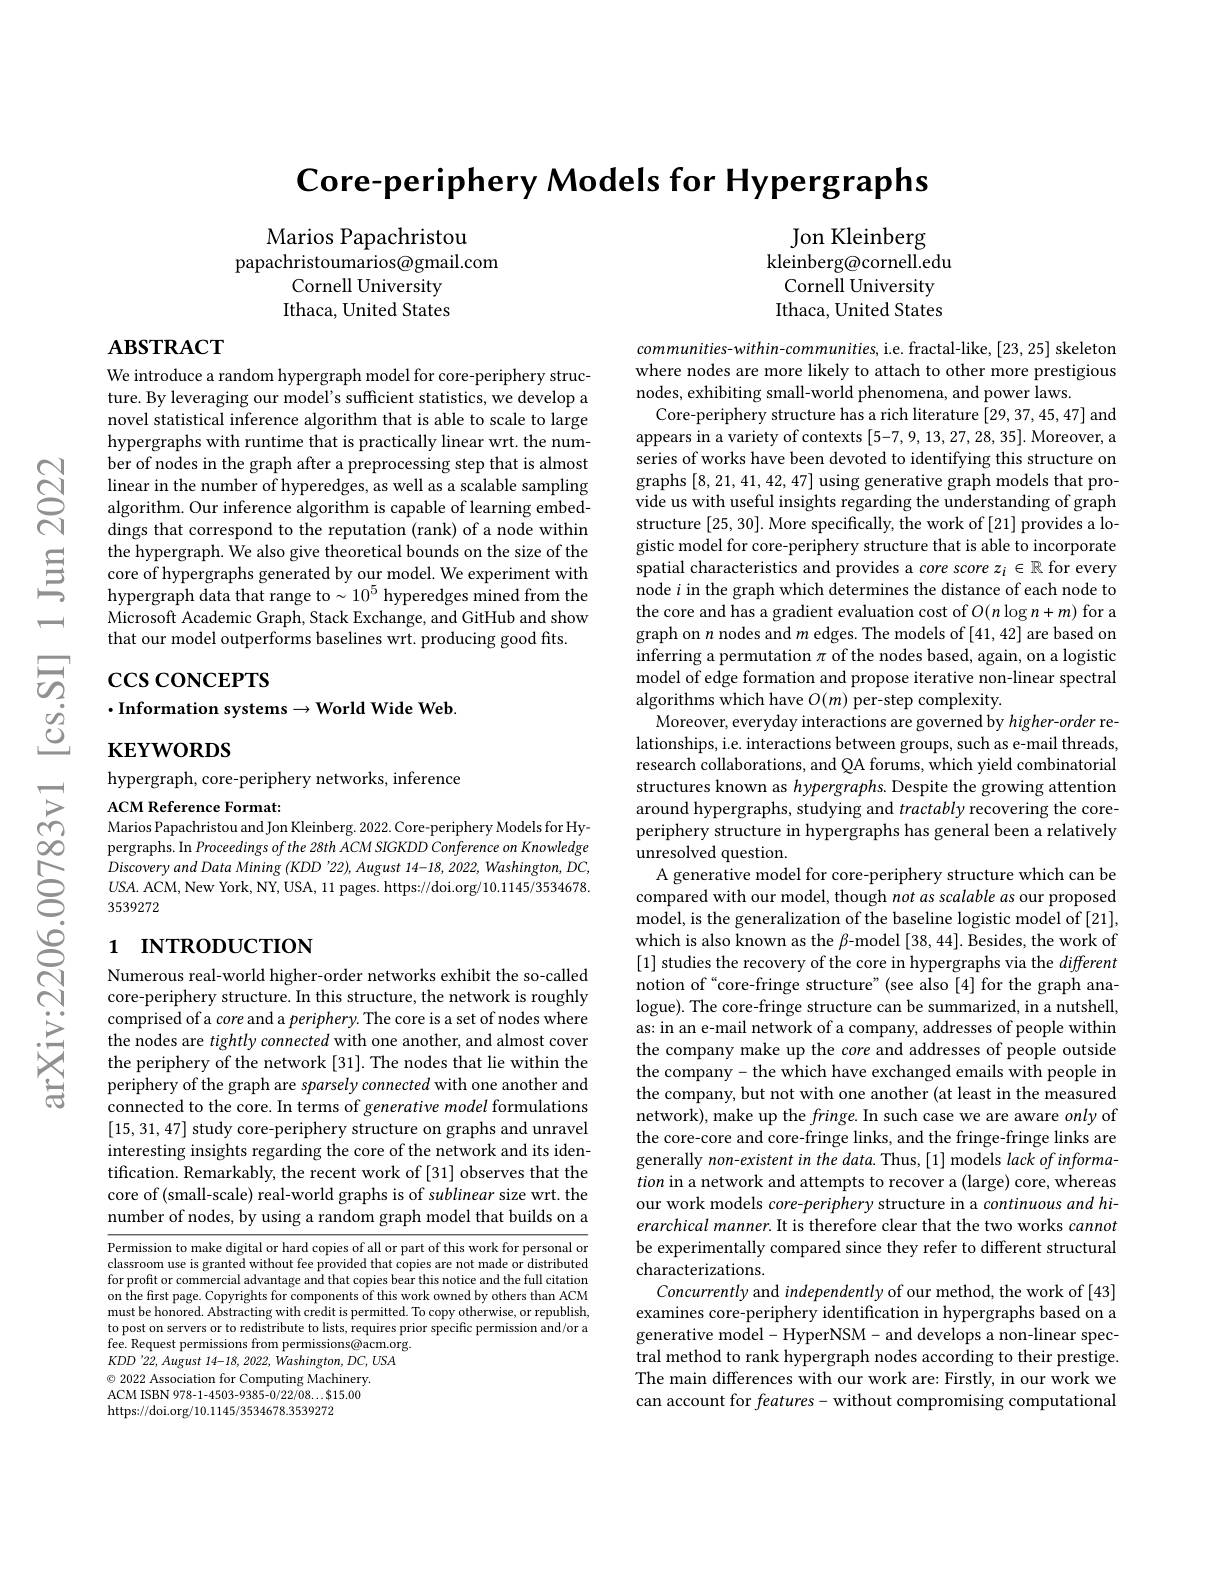
$\textbf{Core- periphery Models for Hypergraphs}$

Marios Papachristou
papachristoumarios@gmail.com
Cornell University Ithaca, United States

Jon Kleinberg
kleinberg@cornell.edu Cornell University Ithaca, United States

-1

$\mathbf{ABSTRACT}$

We introduce a random hypergraph model for core-periphery structure. By leveraging our model's sufficient statistics, we develop a novel statistical inference algorithm that is able to scale to large hypergraphs with runtime that is practically linear wrt. the number of nodes in the graph after a preprocessing step that is almost linear in the number of hyperedges, as well as a scalable sampling algorithm. Our inference algorithm is capable of learning embeddings that correspond to the
$\begin{array}{lll}\text{ the hypergraph. We also give theoretica}\end{array}$
Microsoft Academic Graph, Stack Exchange, and GitHub and show
that our model outperforms baselines wrt. producing good fits.

# $\Xi$ $\cos \cos$CEPTS $\cdot$Information systems$\to$World Wide Web.

$\mathbf{KEYWORDS}$

hypergraph, core-periphery networks, inference

ACM Reference Format:
Marios Papachristou and Jon Kleinberg. 2022. Core-periphery Models for Hypergraphs. In Proceedings of Discoveryand Data Mining (KDD'22), August 14-18, 2022, Washington, DC, $U$SA. ACM, New York, NY, US 3539272

# 1 INTRODUCTION

Numerous real-world higher-order networks exhibit the so-called core-periphery structure. In this structure, the network is roughly comprised of a core and a periphery. The core is a set of nodes where the nodes are tightly connected with one another, and almost cover the periphery of the network [31]. The nodes that lie within the periphery of the graph are sparsely connected with one another and connected to the core. In terms of generative model formulations [15,31,47] study core-periphery structure on graphs and unravel interesting insights regardi tification. Remarkably, the recent work of [31] observes that the core of (small-scale) real-world graphs is of sublinear size wrt. the number of nodes, by using a random graph model that builds on a

Permission to make digital or hard copies of all or part of this work for personal or classroom use is granted without fee provided that copies are not made or distributed for profit or commercial advantage and that copies bear this notice and the full citation on the first page. Copyright must be honored. Abstracting to post on servers or to redistribute to lists, requires prior specific permission and/or a fee. Request permissions from permissions@acm.org. $KDD'22,August~14-18,~2022,~Washington,~DC,~USA$ $\odot$ 2022 Association for Computing Machinery. ACM ISBN 978-1-4503-9385-0/22/08...$15.00 https://doi.org/10.1145/3534678.3539272

$communities-within-communities$, i.e. fractal-like, [23,25] skeleton where nodes are more likely nodes, exhibiting small-world phenomena, and power laws.
Core-periphery structure has a rich literature [29,37,45,47] and appears in a variety of contexts [5-7,9,13,27,28,35]. Moreover, a series of works have been devoted to identifying this structure on graphs [8,21,41,42,47] using generative graph models that provide us with useful insights structure [25,30]. More specifically, the work of [21] provides a logistic model for core-periph spatial characteristics and node $i$ in the graph which determines the distance of each node to the core and has a gradient graph on $n$ nodes and $m$ edges. The models of [41,42] are based on inferring a permutation $\pi$ of the nodes based, again, on a logistic model of edge formation and propose iterative non-linear spectral algorithms which have $O(m)$ per-step complexity.
Moreover, everyday interactions are governed by higher-order relationships, i.e. interactions between groups, such as e-mail threads, research collaborations, and QA forums, which yield combinatorial structures known as hypergraphs. Despite the growing attention around hypergraphs, studying and tractably recovering the coreperiphery structure in hyper unresolved question.
A generative model for core-periphery structure which can be compared with our model, though not as scalable as our proposed model, is the generalization of the baseline logistic model of [21], which is also known as the $\beta$-model [38,44]. Besides, the work of [1] studies the recovery of the core in hypergraphs via the different notion of“core-fringe structure”(see also[4] for the graph analogue). The core-fringe structure can be summarized, in a nutshell, as: in an e-mail network of a company, addresses of people within the company make up the core and addresses of people outside the company- the which have exchanged emails with people in the company, but not with on network), make up the fringe the core-core and core-fringe links, and the fringe-fringe links are generally non-existent in the data. Thus, [1] models lack of information in a network and attempts to recover a (large) core, whereas our work models core-periphery structure in a continuous and hierarchical manner. It is therefore clear that the two works cannot be experimentally compared since they refer to different structural characterizations.
Concurrently and independently of our method, the work of [43] examines core-periphery identification in hypergraphs based on a generative model-HyperNSM- and develops a non-linear spectral method to rank hypergra The main differences with our work are: Firstly, in our work we can account for features- without compromising computational